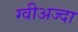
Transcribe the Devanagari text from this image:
ग्वीअज्दा